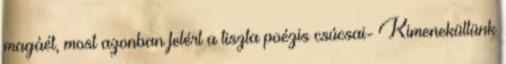
magáét, most azonban felért a tiszta poézis csúcsai- Kimenekültünk